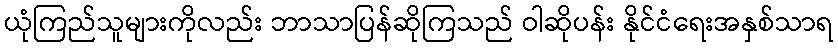
ယုံကြည်သူများကိုလည်း ဘာသာပြန်ဆိုကြသည် ဝါဆိုပန်း နိုင်ငံရေးအနှစ်သာရ